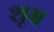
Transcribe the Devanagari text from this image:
शूभ्र